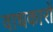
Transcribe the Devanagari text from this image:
वाधकारों